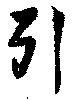
引